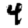
Digit: 4